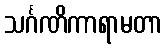
သင်္ဂဏိကာရာမတာ